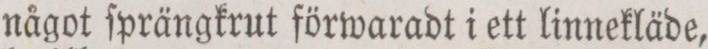
något ſprängkrut förwaradt i ett linnekläde,